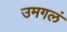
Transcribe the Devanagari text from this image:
उमगलं